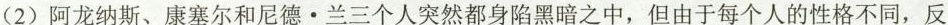
(2)阿龙纳斯、康塞尔和尼德·兰三个人突然都身陷黑暗之中，但由于每个人的性格不同，反